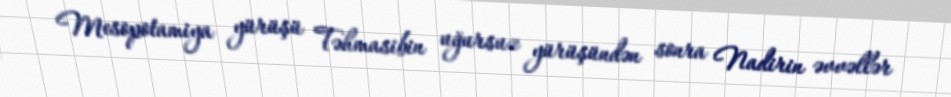
Mesopotamiya yürüşü Təhmasibin uğursuz yürüşündən sonra Nadirin əvvəllər